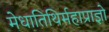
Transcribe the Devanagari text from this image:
मेधातिथिर्महाप्राज्ञो